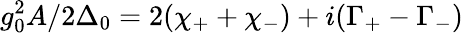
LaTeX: g_{0}^{2}A/2\Delta_{0}=2(\chi_{+}+\chi_{-})+i(\Gamma_{+}-\Gamma_{-})